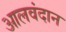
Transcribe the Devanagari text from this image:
आलवंदान